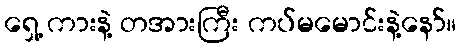
ရှေ့ ကားနဲ့ တအားကြီး ကပ်မမောင်းနဲ့နော်။